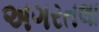
અગરતલા